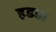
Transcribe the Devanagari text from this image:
हडडा